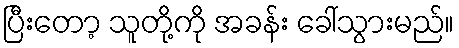
ပြီးတော့ သူတို့ကို အခန်း ခေါ်သွားမည်။